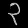
Digit: ၃